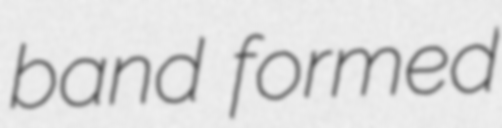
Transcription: band formed